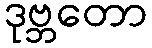
ဒုဗ္ဘတော